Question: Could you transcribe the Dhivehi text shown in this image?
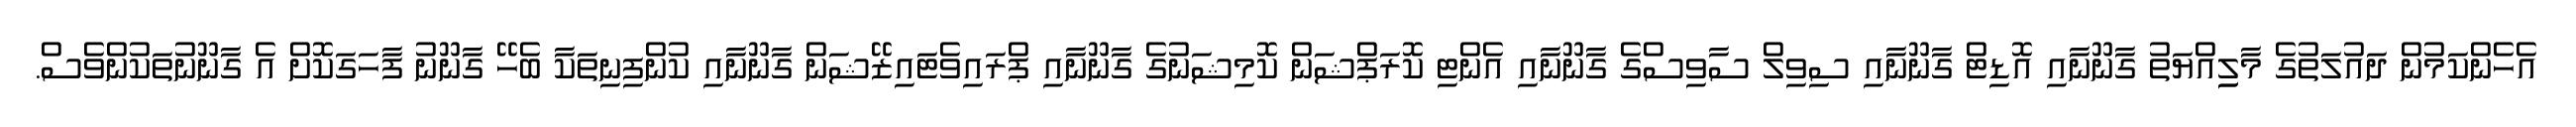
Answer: އެހެންކަމުން ދައުލަތުގެ މާލިިއްޔަތު ގާނޫނާއި އޮޑިޓް ގާނޫނާއި ސިވިލް ސާވިސްގެ ގާނޫނާއި އެންޓި ކޮރަޕްޝަން ކޮމިޝަނުގެ ގާނޫނާއި ޕްރައިވެޓައިޒޭޝަން ގާނޫނާއި ކުންފިނިތަކާ ބެހޭ ގާނޫނު ފާހަގަކޮށް އެ ގާނޫނުތަކުންވެސް.